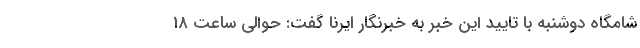
شامگاه دوشنبه با تایید این خبر به خبرنگار ایرنا گفت: حوالی ساعت 18